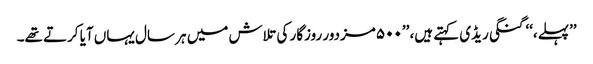
’’پہلے،‘‘ گنگی ریڈی کہتے ہیں، ’’۵۰۰ مزدور روزگار کی تلاش میں ہر سال یہاں آیا کرتے تھے۔